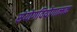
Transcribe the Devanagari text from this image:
संयोगवियोगात्मक